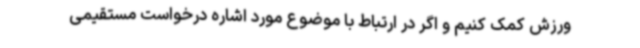
ورزش کمک کنیم و اگر در ارتباط با موضوع مورد اشاره درخواست مستقیمی